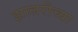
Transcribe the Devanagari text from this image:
झालरीच्या